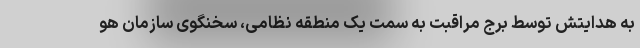
به هدایتش توسط برج مراقبت به سمت یک منطقه نظامی، سخنگوی سازمان هو